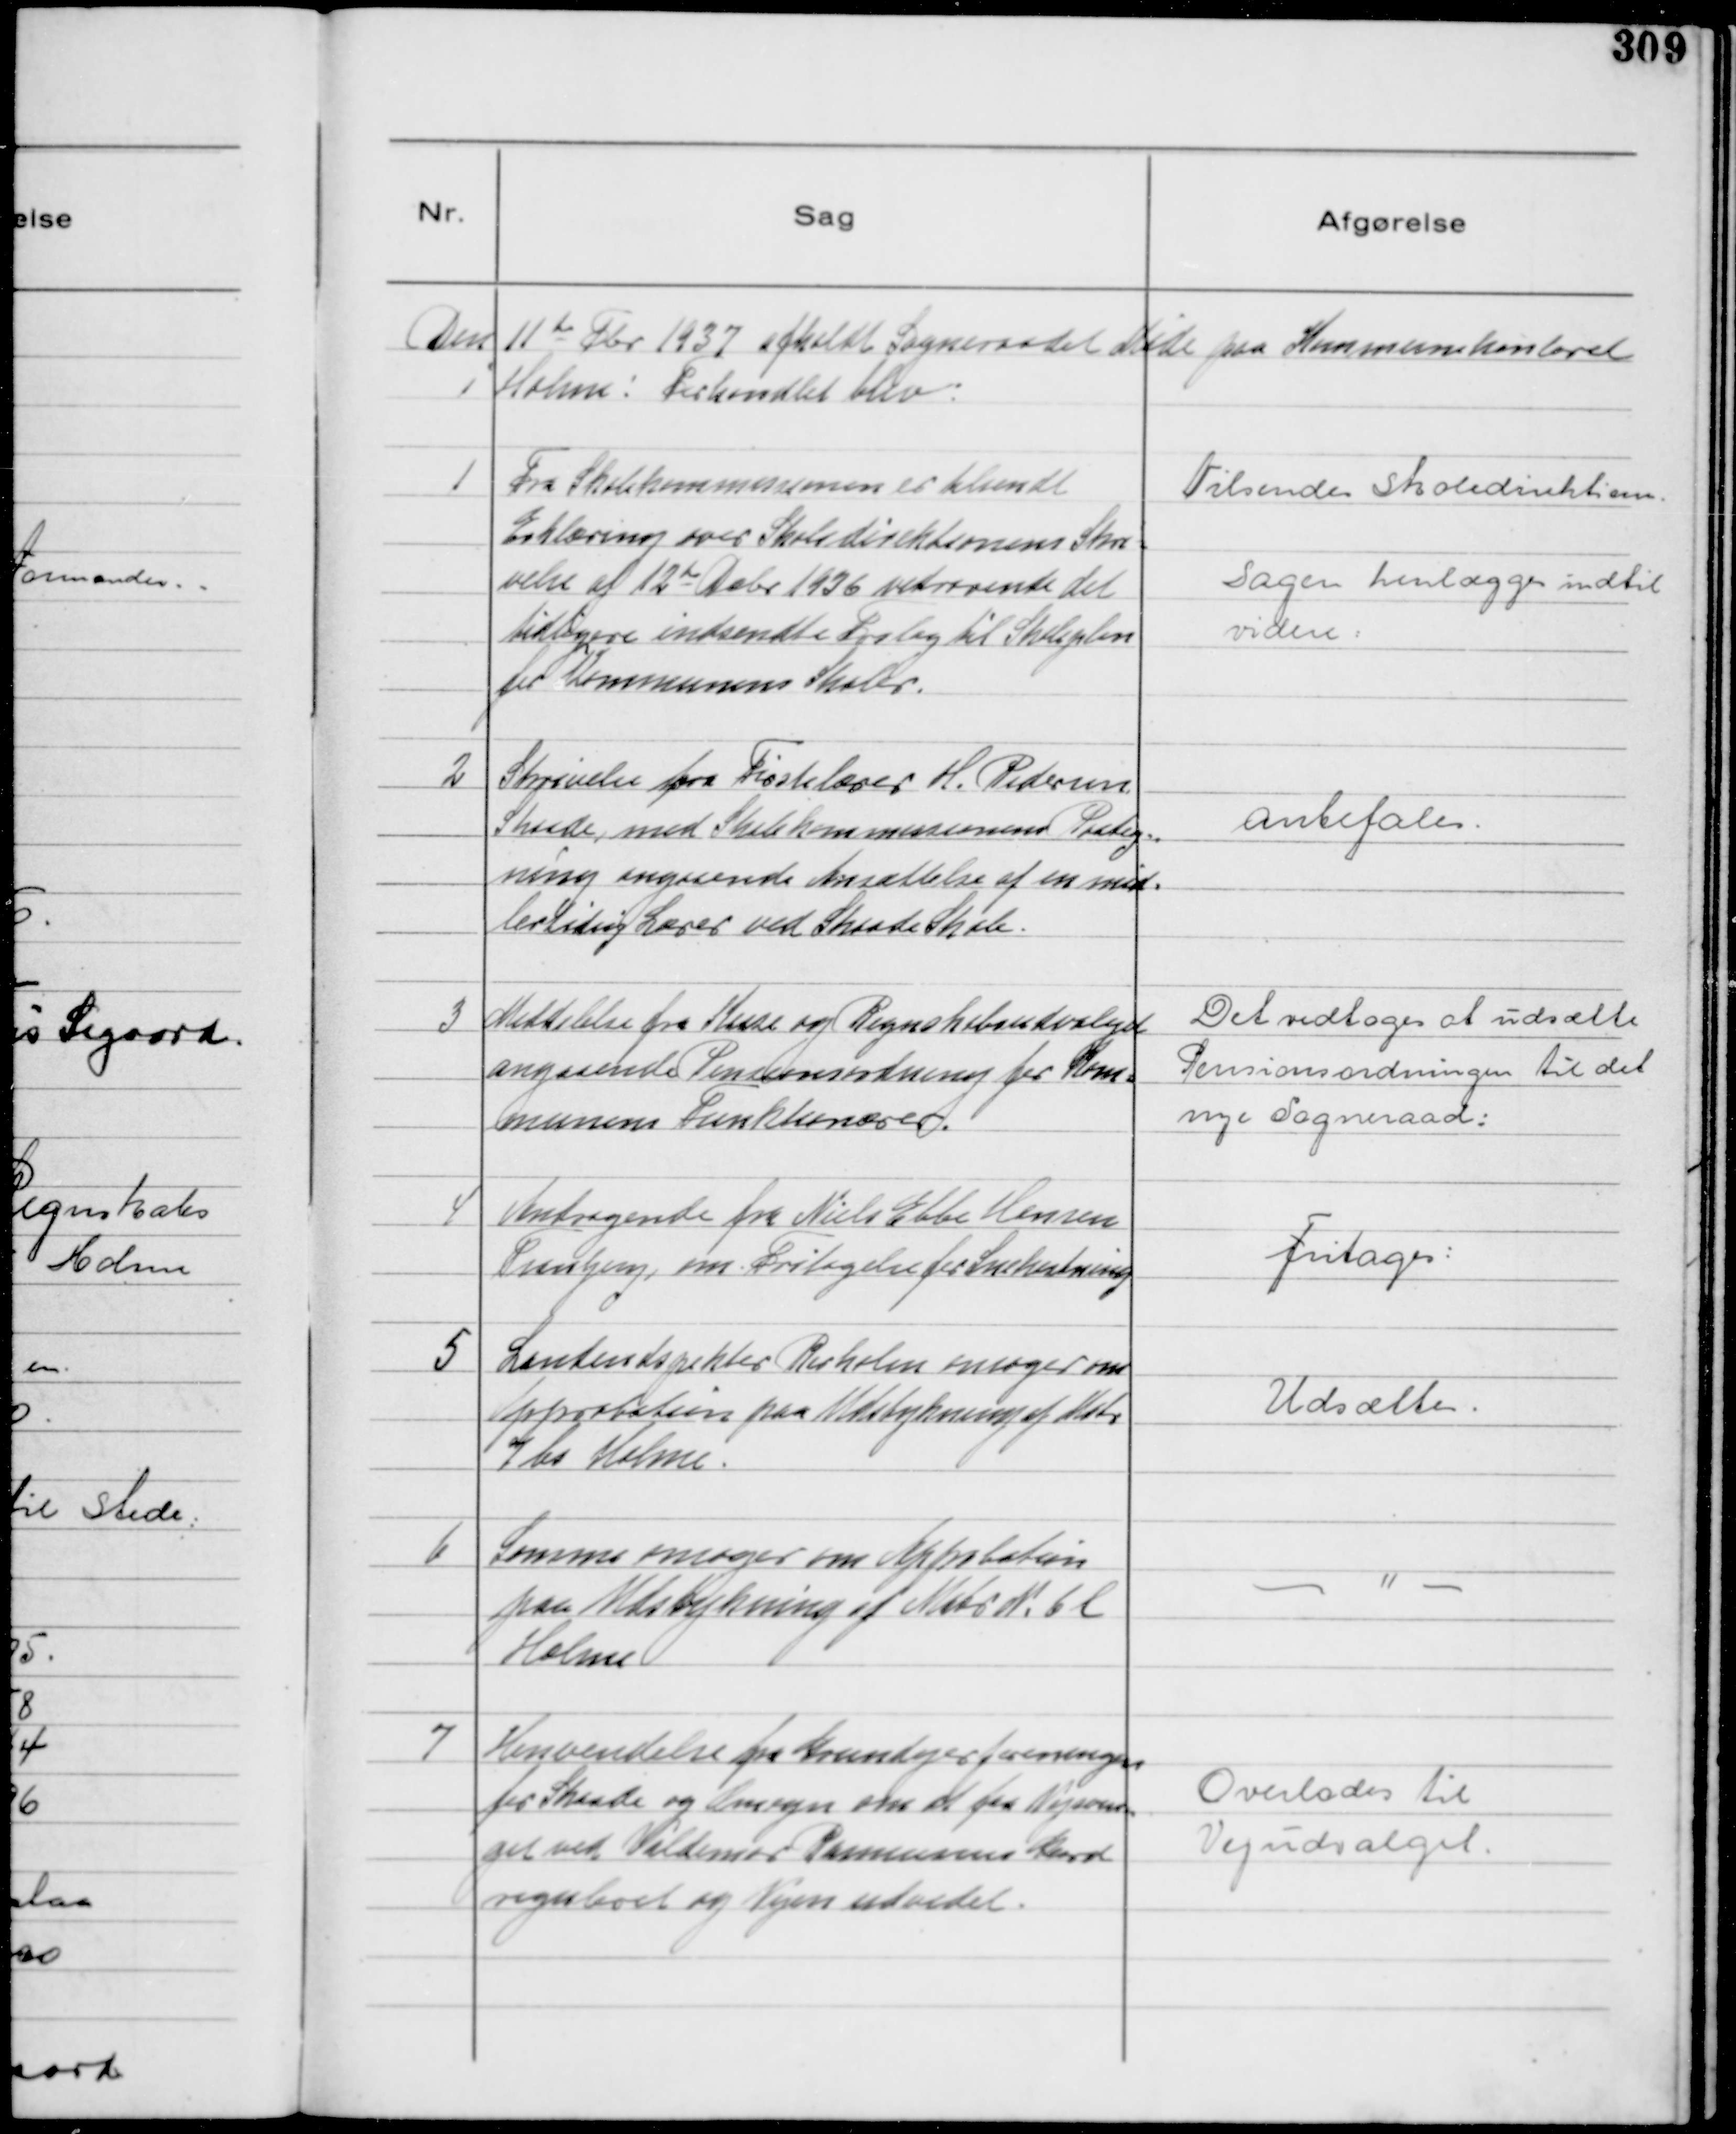
Transskription:
Den 11 te Fbr 1937 afholdt Sogneraadet Møde paa Kommunekontoret
i Holme: Forhandlet blev:

1
Fra Skolekommissionen er tilsendt
Erklæring over Skoledirektionens Skri=
velse af 12te

Debr 1936 vedrørende det
tidligere indsendte Forslag til Skoleplan
for Kommunens Skoler.

Tilsendes Skoledirektione.
Sagen henlægges indtil
videre.

2
Skrivelse fra Frøstelærer H. Pedersen
Skaade med Skolekommissionens Paateg=
ning angaaende Ansættelse af en mid=
lertidig Lærer ved Skaade Skole.

Anbefales.

3
Meddelelse fra Kasse og Regnskabsudvalget
angaaende Pensionsordning for Kom=
munens Funktionærer.

Det vedtoges at udsætte
Pensionsordningen til det
nye Sogneraad:

4
Andragende fra Niels Ebbe Hansen
Tranbjerg om Fritagelse for Snekastning

Fritages:

5
Landindspektør Rørholm ansøger om
Approbation paa Udstykning af Matr
7 bs Holme.

Udsættes.

6
Samme ansøger om Approbation
paa Udstykning af Matr N. 6 l
Holme

- " -

7
Henvendelse fra Grundejerforeningen
for Skaade og Omegn om at faa Vejsvin=
get ved Valdemar Rasmussens Gaard
reguleret og Vejen udvidet.

Overlodes til
Vejudvalget.